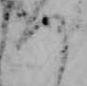
つ